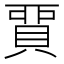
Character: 𧶝